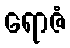
ရောဇံ